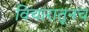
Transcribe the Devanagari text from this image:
विचारातूनच